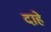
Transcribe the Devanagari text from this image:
दाहे